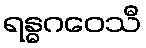
ရန္ဓဂဝေသီ